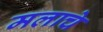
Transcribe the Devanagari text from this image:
मलाचे